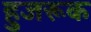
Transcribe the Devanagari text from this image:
हुजरूक